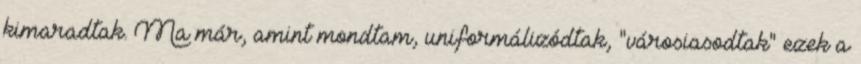
kimaradtak. Ma már, amint mondtam, uniformálizódtak, "városiasodtak" ezek a